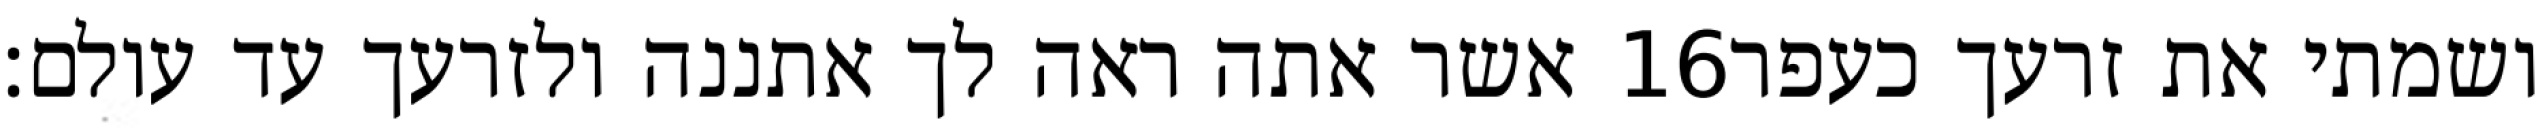
אשר אתה ראה לך אתננה ולזרעך עד עולם׃ ‎16‏ ושמתי את זרעך כעפר